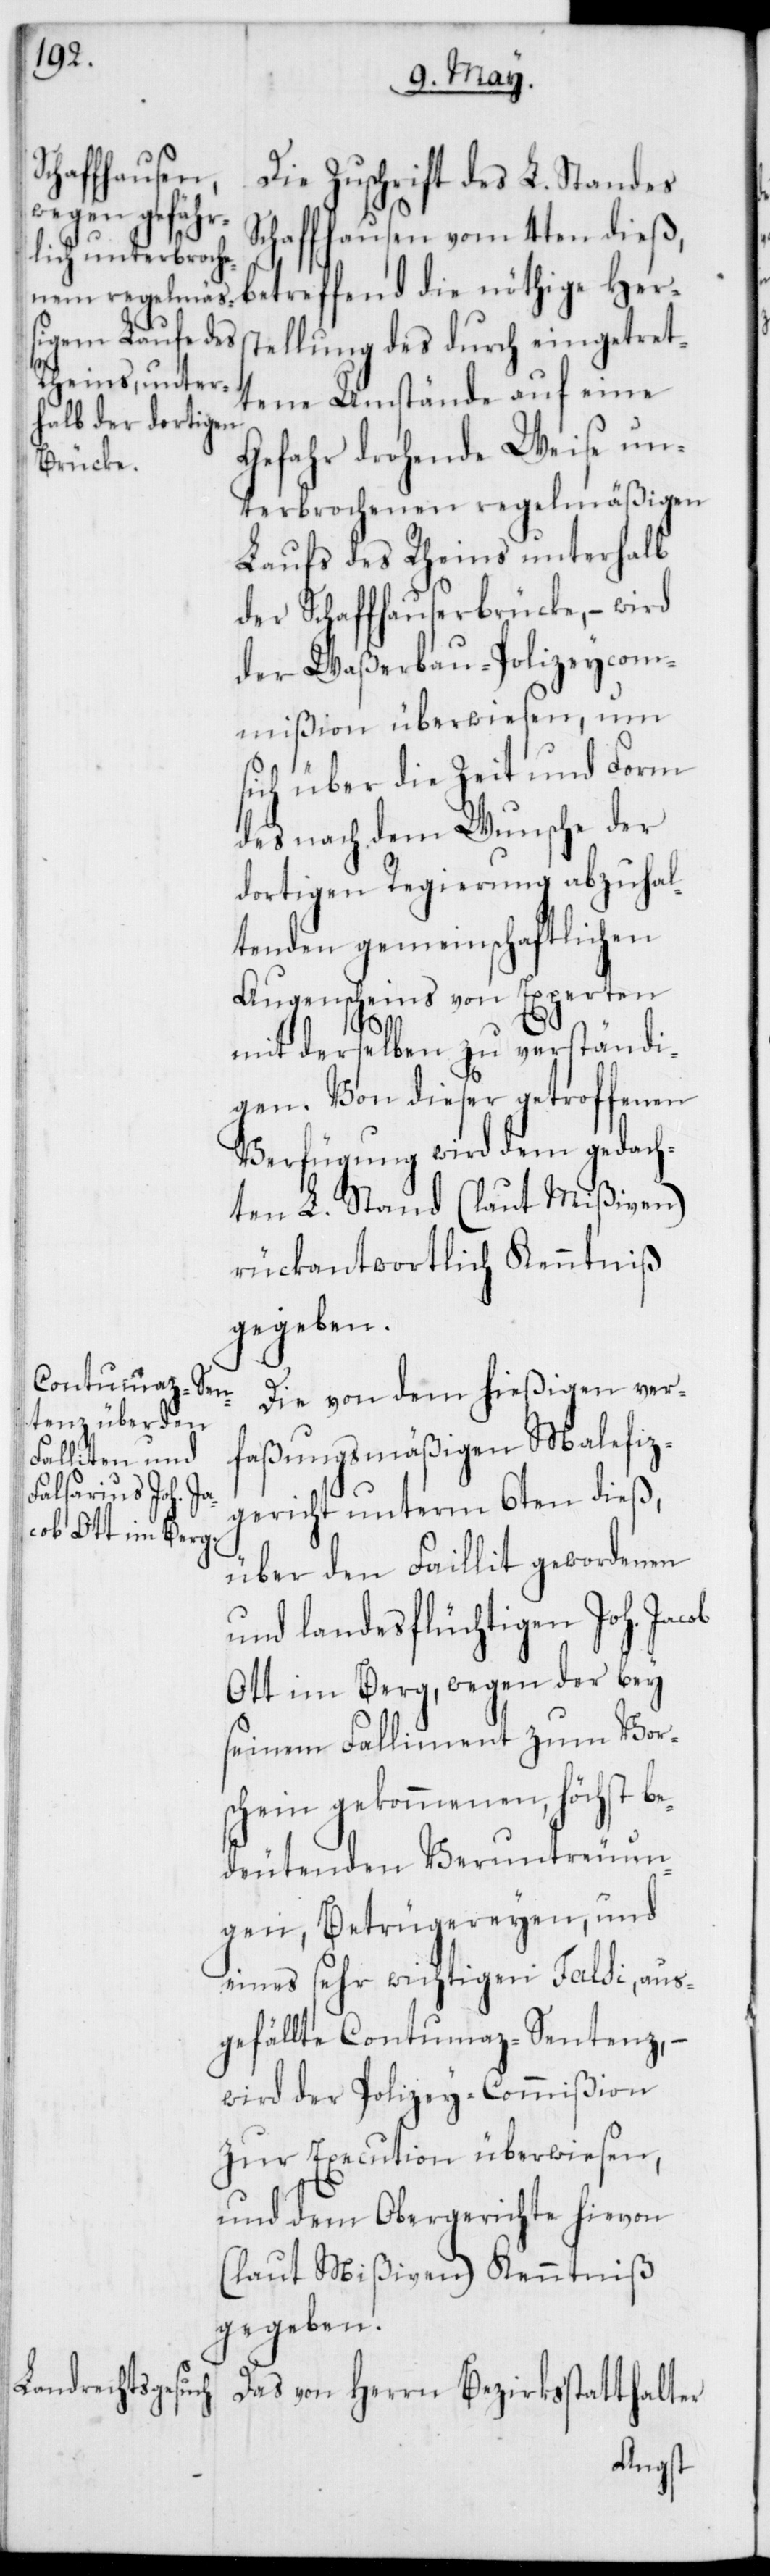
Die Zuschrift des L. Standes
Schaffhausen vom 4ten dieß,
betreffend die nöthige Hers¬
tellung des durch eingetret¬
tene Umstände auf eine
Gefahr drohende Weise un¬
terbrochenen regelmäßigen
Laufs des Rheins unterhalb
der Schaffhauserbrücke, – wird
der Waßerbau-Polizeycom¬
mißion überwiesen, um
sich über die Zeit und Form
des nach dem Wunsche der
dortigen Regierung abzuhal¬
tenden gemeinschaftlichen
Augenscheins von Experten
mit derselben zu verständi¬
gen. Von dieser getroffenen
Verfügung wird dem gedach¬
ten L. Stand (laut Mißiven)
rückantwortlich Kenntniß
gegeben.
Die von dem hießigen ver¬
faßungsmäßigen Malefiz¬
gericht unterm 6ten dieß,
über den Faillit gewordenen
und landesflüchtigen Joh. Jacob
Ott im Berg, wegen der bey
seinem Falliment zum Vor¬
schein gekommenen, höchst be¬
deutenden Veruntreuun¬
gen, Betrügereyen, und
eines sehr wichtigen Falsi, aus¬
gefällte Contumaz-Sentenz, –
wird der Polizey-Commißion
zur Execution überwiesen,
und dem Obergerichte hievon
(laut Mißiven) Kenntniß
gegeben.
Das von Herrn Bezirksstatthalter